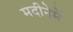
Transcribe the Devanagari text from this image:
मदीनेमें